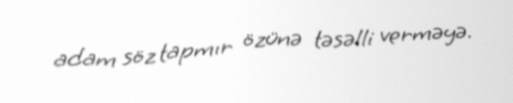
adam söz tapmır özünə təsəlli verməyə.